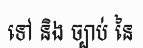
ទៅ និង ច្បាប់ នៃ